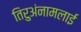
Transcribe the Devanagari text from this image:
तिरुअंनामलाई